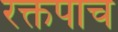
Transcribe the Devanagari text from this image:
रक्तपाच